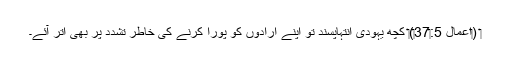
‏ (‏اعمال 5:‏37‏)‏ کچھ یہودی اِنتہاپسند تو اپنے اِرادوں کو پورا کرنے کی خاطر تشدد پر بھی اُتر آئے۔